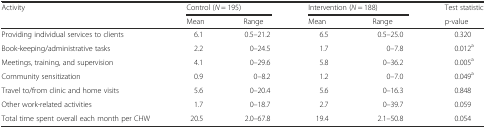
<table><thead><tr><td rowspan="2"><b>Activity</b></td><td colspan="2"><b>Control (<i>N</i> = 195)</b></td><td colspan="2"><b>Intervention (<i>N</i> = 188)</b></td><td><b>Test statistic</b></td></tr><tr><td><b>Mean</b></td><td><b>Range</b></td><td><b>Mean</b></td><td><b>Range</b></td><td><b>p-value</b></td></tr></thead><tbody><tr><td>Providing individual services to clients</td><td>6.1</td><td>0.5–21.2</td><td>6.5</td><td>0.5–25.0</td><td>0.320</td></tr><tr><td>Book-keeping/administrative tasks</td><td>2.2</td><td>0–24.5</td><td>1.7</td><td>0–7.8</td><td>0.012<sup>a</sup></td></tr><tr><td>Meetings, training, and supervision</td><td>4.1</td><td>0–29.6</td><td>5.8</td><td>0–36.2</td><td>0.005<sup>a</sup></td></tr><tr><td>Community sensitization</td><td>0.9</td><td>0–8.2</td><td>1.2</td><td>0–7.0</td><td>0.049<sup>a</sup></td></tr><tr><td>Travel to/from clinic and home visits</td><td>5.6</td><td>0–20.4</td><td>5.6</td><td>0–16.3</td><td>0.848</td></tr><tr><td>Other work-related activities</td><td>1.7</td><td>0–18.7</td><td>2.7</td><td>0–39.7</td><td>0.059</td></tr><tr><td>Total time spent overall each month per CHW</td><td>20.5</td><td>2.0–67.8</td><td>19.4</td><td>2.1–50.8</td><td>0.054</td></tr></tbody></table>